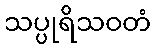
သပ္ပုရိသဝတံ